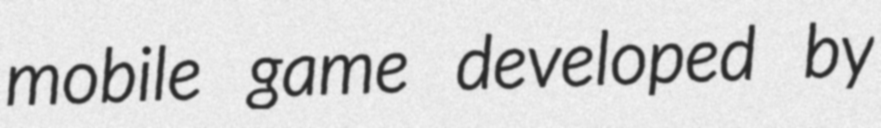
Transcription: mobile game developed by